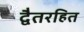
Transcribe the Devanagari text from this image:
द्वैतरहित